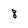
Character: 8